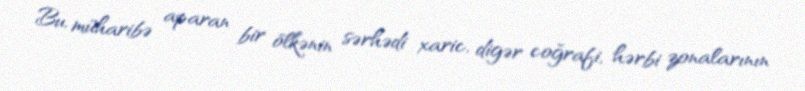
Bu, müharibə aparan bir ölkənin sərhədi xaric, digər coğrafi, hərbi zonalarının